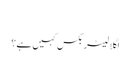
‬
‫اگلا لیٹر بکس کہیں ہے؟